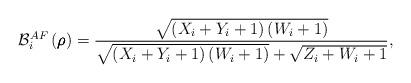
LaTeX: \begin{align*}{{\mathcal B}_i^{AF}}\left(\pmb \rho \right) = \frac{{\sqrt {{\left( {{X_i} + {Y_i} + 1} \right)\left( {{W_i} + 1} \right)}} }}{{\sqrt {\left( {{X_i} + {Y_i} + 1} \right)\left( {{W_i} + 1} \right)} + \sqrt {Z_i +W_i+1} }},\end{align*}